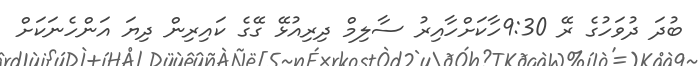
ބުދަ ދުވަހުގެ ރޭ 9:30ހާކަށްހާއިރު ސާލިމް ދިރިއުޅޭ ގޭގެ ކައިރިން ދިޔަ އަންހެނަކަށް